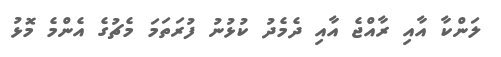
ލަންކާ އާއި ރާއްޖެ އާއި ދެމެދު ކުޅުނު ފުރަތަމަ މެޗުގެ އެންމެ މޮޅު